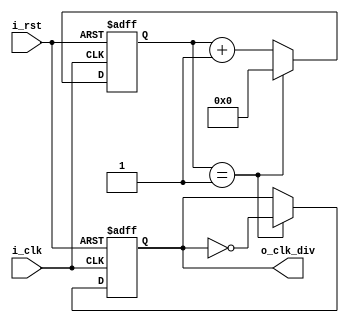
`timescale 1ns / 1ps
//////////////////////////////////////////////////////////////////////////////////
// Company: 
// Engineer: 
// 
// Design Name: 
// Module Name: CLK_DIV_module
// Project Name: 
// Target Devices: 
// Tool Versions: 
// Description: 
// 
// Dependencies: 
// 
// Revision:
// Revision 0.01 - File Created
// Additional Comments:
// 
//////////////////////////////////////////////////////////////////////////////////


module CLK_DIV_module#(
    parameter P_CLK_DIV_CNT = 2 //MAX = 65535
)(
    input    i_clk     ,
    input    i_rst     ,
    output   o_clk_div
    );
/******************************function***************************/

/******************************parameter**************************/

/******************************port*******************************/

/******************************machine****************************/

/******************************reg********************************/
reg         ro_clk_div ;
reg  [15:0] r_cnt      ;
/******************************wire*******************************/

/******************************component**************************/

/******************************assign*****************************/
assign o_clk_div = ro_clk_div;
/******************************always*****************************/

always @(posedge i_clk or posedge i_rst)begin
    if(i_rst)
        r_cnt <= 'd0;
    else if(r_cnt == P_CLK_DIV_CNT >> 1)
        r_cnt <= 'd0;
    else
        r_cnt <= r_cnt + 1;
end

always @(posedge i_clk or posedge i_rst)begin
    if(i_rst)
        ro_clk_div <= 'd0;
    else if(r_cnt == P_CLK_DIV_CNT >> 1)
        ro_clk_div <= ~ro_clk_div;
    else
        ro_clk_div <= ro_clk_div;
end

endmodule